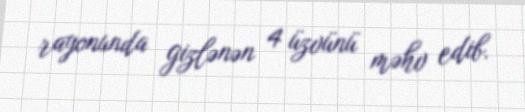
rayonunda gizlənən 4 üzvünü məhv edib.